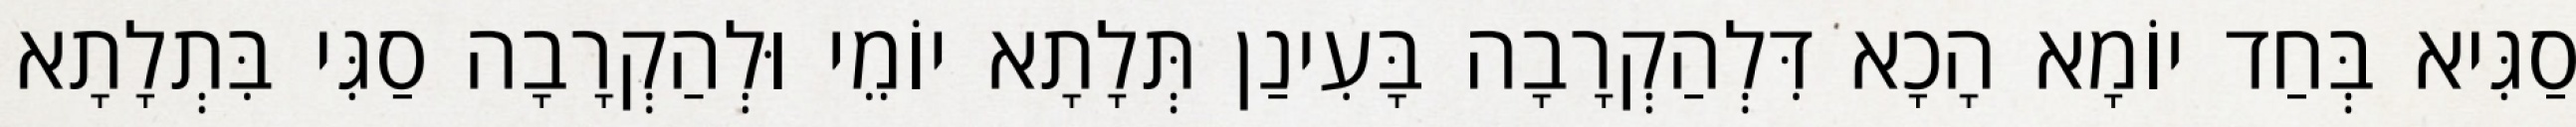
סַגִּיא בְּחַד יוֹמָא הָכָא דִּלְהַקְרָבָה בָּעִינַן תְּלָתָא יוֹמֵי וּלְהַקְרָבָה סַגִּי בִּתְלָתָא